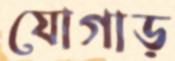
যোগাড়